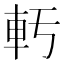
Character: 𫏲